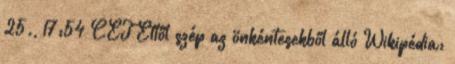
25., 17:54 CET Ettől szép az önkéntesekből álló Wikipédia: